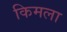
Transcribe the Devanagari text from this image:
किमला